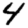
Digit: 4